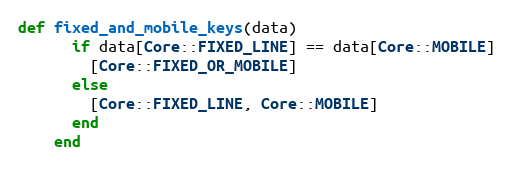
Language: Ruby
def fixed_and_mobile_keys(data)
      if data[Core::FIXED_LINE] == data[Core::MOBILE]
        [Core::FIXED_OR_MOBILE]
      else
        [Core::FIXED_LINE, Core::MOBILE]
      end
    end